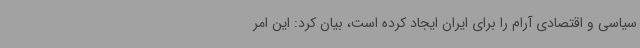
سیاسی و اقتصادی آرام را برای ایران ایجاد کرده است، بیان کرد: این امر